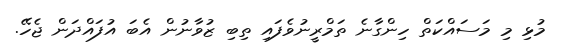
މުޅި މި މަސައްކަތް ހިންގާނެ ތަމްރީނުވެފައި ތިބި ޒުވާނުން އެބަ އުފައްދަން ޖެހޭ.